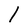
Character: l